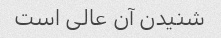
شنیدن آن عالی است